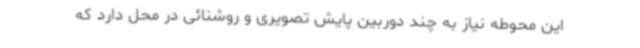
این محوطه نیاز به چند دوربین پایش تصویری و روشنائی در محل دارد که